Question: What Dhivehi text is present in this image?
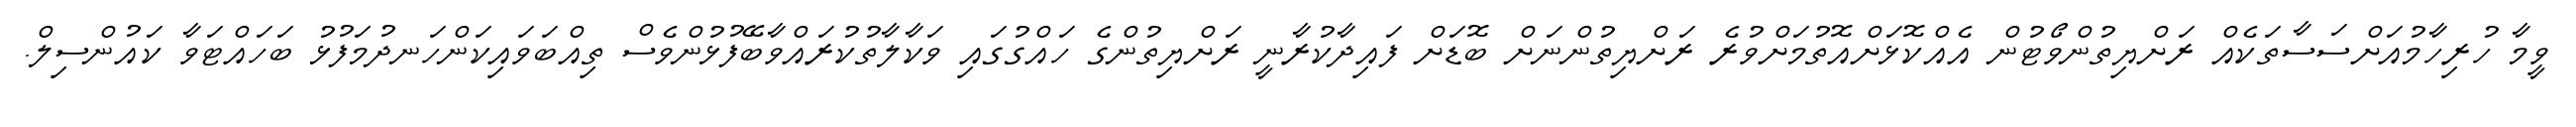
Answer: ވީމާ ހުރިހާމުއަށްސަސާތަކެއް ރަށްޔިތުންވޯޓުން އެއްކޮޅަށްއޮތުމަށްވުރެ ރަށްޔިތުންނަށް ބޮޑަށް ފައިދާކުރާނީ ރަށްޔިތުންގެ ހައްގުގައި ވަކާލާތުކުރައްވާބޭފުޅުންވެސް ތިއްބަވައިކަންހަނދުމަފުޅު ބަހައްޓަވާ ކައުންސިލް.